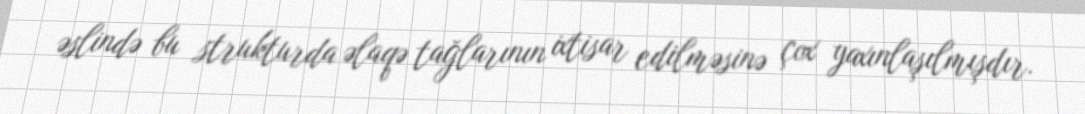
əslində bu strukturda əlaqə tağlarının ixtisar edilməsinə çox yaxınlaşılmışdır.